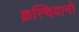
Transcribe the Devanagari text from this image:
क्रस्चियानो